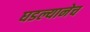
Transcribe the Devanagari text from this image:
घडल्यानेच